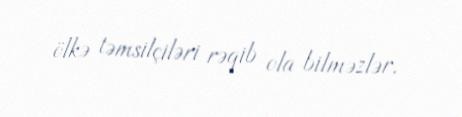
ölkə təmsilçiləri rəqib ola bilməzlər.